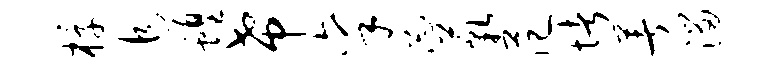
椁追蝗希禀忐藐范堵著溜